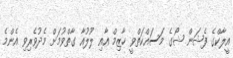
އީލާކްގެ ފެޝަން ޝޯގެ މަސައްކަތްވީ ހާޒިމް އާއި ލޫލުއާ ގާތްވުމަށް މެދުވެރިވި އެންމެ